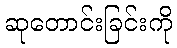
ဆုတောင်းခြင်းကို